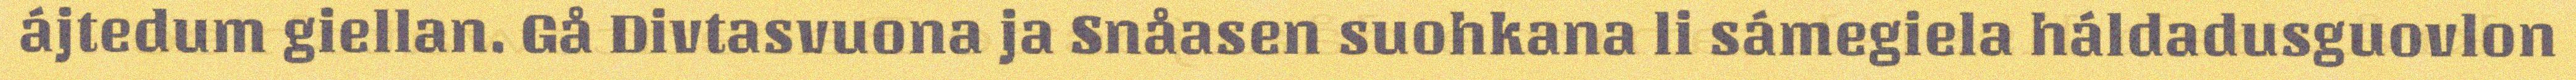
ájtedum giellan. Gå Divtasvuona ja Snåasen suohkana li sámegiela háldadusguovlon